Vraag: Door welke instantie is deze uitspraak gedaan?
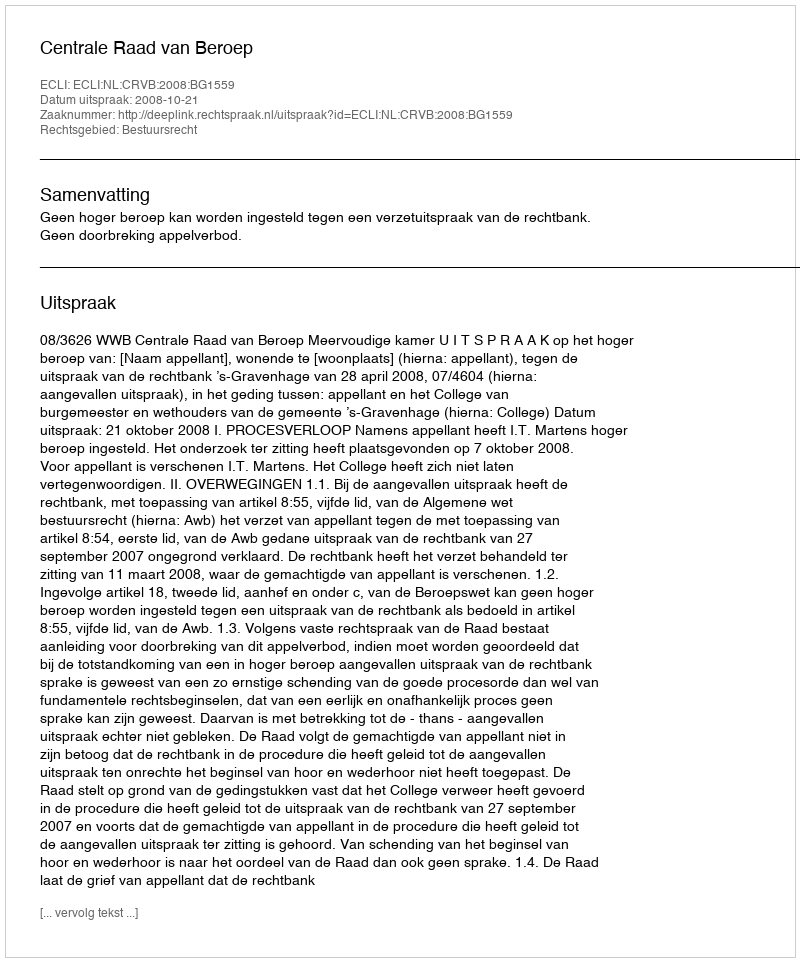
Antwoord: Centrale Raad van Beroep